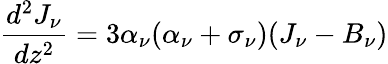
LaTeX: {\frac{d^{2}J_{\nu}}{dz^{2}}}=3\alpha_{\nu}(\alpha_{\nu}+\sigma_{\nu})(J_{\nu}-B_{\nu})